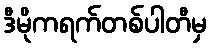
ဒီမိုကရက်တစ်ပါတီမှ